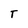
Character: T